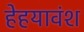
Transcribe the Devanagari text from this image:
हेहयावंश